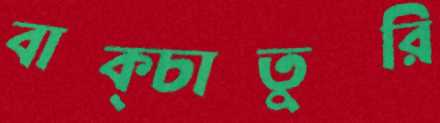
বাক্‌চাতুরি